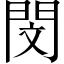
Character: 閔